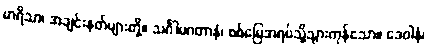
မာရိသာ၊ အချင်းနတ်များတို့။ သင်္ဂါမဂတာနံ၊ စစ်မြေအရပ်သို့သွားကုန်သော။ ဒေဝါနံ၊